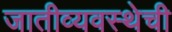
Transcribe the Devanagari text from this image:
जातीव्यवस्थेची